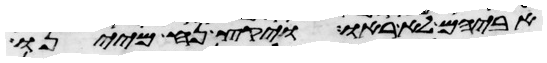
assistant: אביהם לא ראו ויקץ נח מיינו